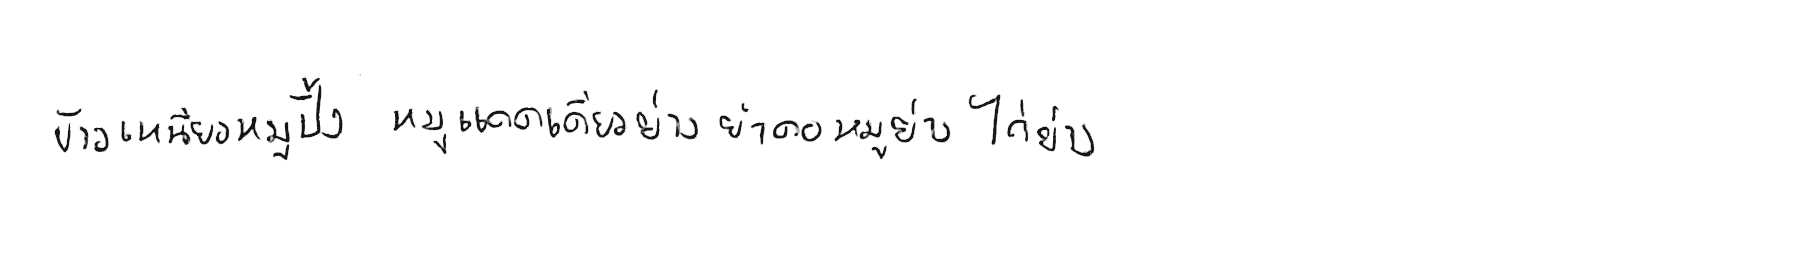
ข้าวเหนียวหมูปิ้ง หมูแดดเดียวย่าง ยำคอหมูย่าง ไก่ย่าง